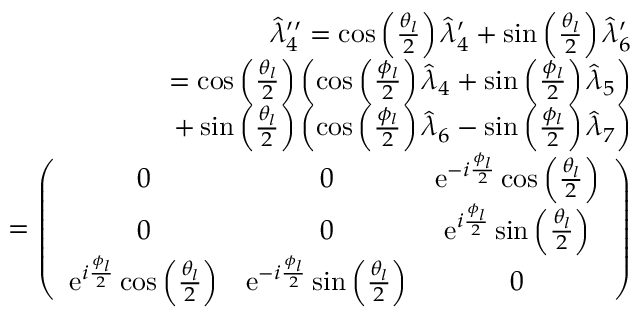
\begin{array} { r l r } & { } & { \hat { \lambda } _ { 4 } ^ { \prime \prime } = \cos \left( \frac { \theta _ { l } } { 2 } \right) \hat { \lambda } _ { 4 } ^ { \prime } + \sin \left( \frac { \theta _ { l } } { 2 } \right) \hat { \lambda } _ { 6 } ^ { \prime } } \\ & { } & { = \cos \left( \frac { \theta _ { l } } { 2 } \right) \left( \cos \left( \frac { \phi _ { l } } { 2 } \right) \hat { \lambda } _ { 4 } + \sin \left( \frac { \phi _ { l } } { 2 } \right) \hat { \lambda } _ { 5 } \right) } \\ & { } & { \ \ + \sin \left( \frac { \theta _ { l } } { 2 } \right) \left( \cos \left( \frac { \phi _ { l } } { 2 } \right) \hat { \lambda } _ { 6 } - \sin \left( \frac { \phi _ { l } } { 2 } \right) \hat { \lambda } _ { 7 } \right) } \\ & { } & { = \left( \begin{array} { c c c } { 0 } & { 0 } & { \mathrm { e } ^ { - i \frac { \phi _ { l } } { 2 } } \cos \left( \frac { \theta _ { l } } { 2 } \right) } \\ { 0 } & { 0 } & { \mathrm { e } ^ { i \frac { \phi _ { l } } { 2 } } \sin \left( \frac { \theta _ { l } } { 2 } \right) } \\ { \mathrm { e } ^ { i \frac { \phi _ { l } } { 2 } } \cos \left( \frac { \theta _ { l } } { 2 } \right) } & { \mathrm { e } ^ { - i \frac { \phi _ { l } } { 2 } } \sin \left( \frac { \theta _ { l } } { 2 } \right) } & { 0 } \end{array} \right) } \end{array}